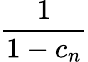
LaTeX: \frac{1}{1-c_{n}}